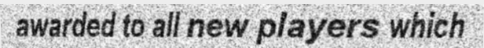
awarded to all new players which